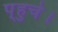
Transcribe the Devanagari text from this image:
प्‌हुचे।